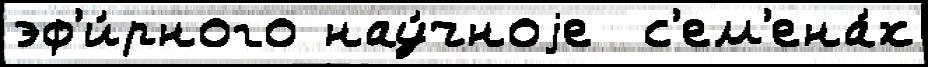
эф'и́рного нау́чноjе  с'ем'ена́х